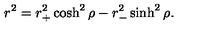
r ^ { 2 } = r _ { + } ^ { 2 } \cosh ^ { 2 } \rho - r _ { - } ^ { 2 } \sinh ^ { 2 } \rho .